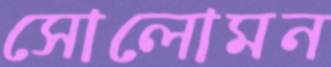
সোলোমন